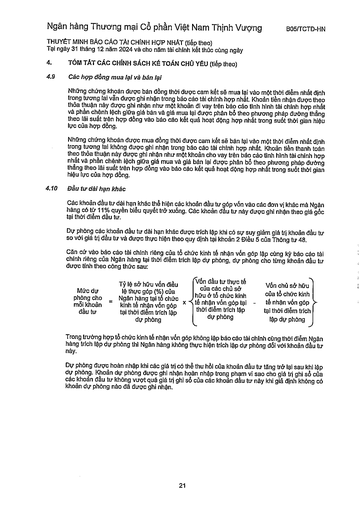
header rows